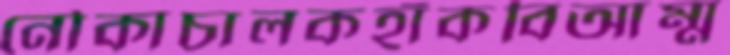
নৌকাচালকহাঁকবিআম্ম